Annual report of the Civil Veterinary Department, Bengal, and of the Bengal Veterinary College, for the year 1900-1901 - 1900-1901
Year: 1900
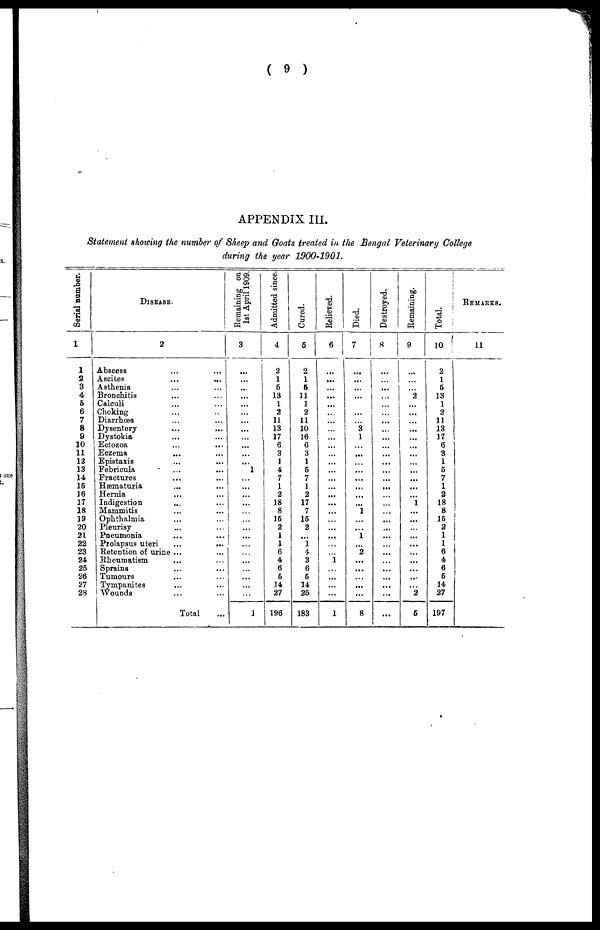
( 9 )
APPENDIX III.
Statement showing the number of Sheep and Goats treated in the Bengal Veterinary College
during the year 1900-1901.
Serial number.
1
1
2
3
4
5
6
7
8
9
10
11
12
13
14
16
16
17
18
39
20
2L
22
23
24
25
26
27
28
DISEASE.
2
Abscess ... ...
Ascites ... ...
Asthenia ... ...
Bronchitis ... ...
Calculi ... ...
Choking ... ..
Diarrhœa ... ...
Dysentery ... ...
Dystokia ... ...
Ectozoa
...
...
Eczema ... ...
Epistaxis ... ...
Febricula ... ...
Fractures ... ...
Hæmaturia ... ...
Hernia ... ...
Indigestion ... ...
Mammitis ... ...
Ophthalmia ... ...
Pleurisy ... ...
Pneumonia ... ...
Prolapsus uteri
...
...
Retention of urine ... ...
Rheumatism ... ...
Sprains ... ...
Tumours ... ...
Tympanites ... ...
Wounds ... ...
Total ...
Remaining on
1st April 1909.
3
...
...
...
...
...
...
...
...
...
...
...
...
1
...
...
...
...
...
...
...
...
...
...
...
...
...
...
...
1
Admitted since.
4
2
1
6
13
1
2
11
13
17
6
3
1
4
7
1
2
18
8
15
2
1
1
6
4
6
5
14
27
196
Cured.
5
2
1
5
11
1
2
11
10
16
6
3
1
5
7
1
2
17
7
15
2
...
1
4
3
6
5
14
25
183
Relieved.
6
...
...
...
...
...
...
...
...
...
...
...
...
...
...
...
...
...
...
...
...
...
...
...
1
...
...
...
...
1
Died.
7
...
...
...
...
...
...
...
3
1
...
...
...
...
...
...
...
...
1
...
...
1
...
2
...
...
...
...
...
8
Destroyed,
8
...
...
...
...
...
...
...
...
...
...
...
...
...
...
...
...
...
...
...
...
...
...
...
...
...
...
...
...
...
Remaining.
9
...
...
...
2
...
...
...
...
...
...
...
...
...
...
...
...
1
...
...
...
...
...
...
...
...
...
...
2
5
Total.
10
2
1
5
13
1
2
11
13
17
6
3
1
5
7
1
2
18
8
15
2
1
1
6
4
6
5
14
27
197
REMARKS.
11